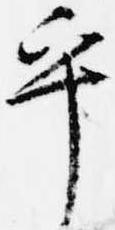
乎